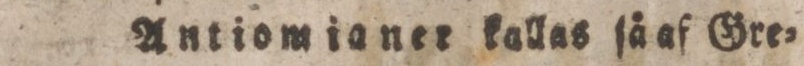
Antiomianer kallas ſå af Gre=